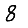
Digit: 8